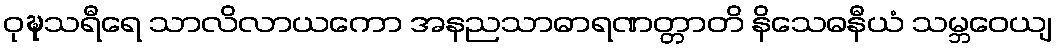
ဝုဍ္ဎသရီရေ သာလိလာယကော အနညသာဓာရဏတ္တာတိ နိသေဓနီယံ သမ္ဘဝေယျ